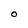
Character: O